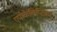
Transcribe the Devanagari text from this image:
एपोकैलिप्टिका